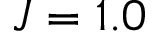
J = 1 . 0